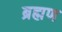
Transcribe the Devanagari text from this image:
ब्रह्मण